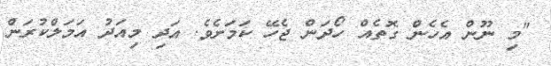
"މި ނޫން އެހެން ގޮތެއް ހޯދަން ޖެހޭ ކަމަށެވެ. އަދި މިއަދު އަމަލްކުރަން